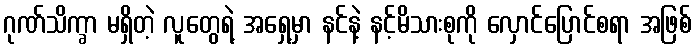
ဂုဏ်သိက္ခာ မရှိတဲ့ လူတွေရဲ့ အရှေ့မှာ နင်နဲ့ နင့်မိသားစုကို လှောင်ပြောင်စရာ အဖြစ်